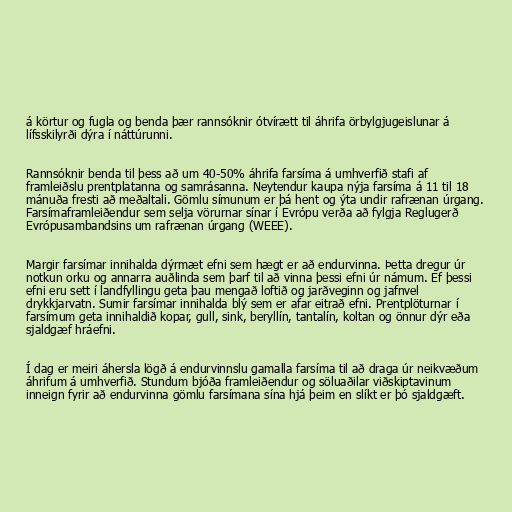
á körtur og fugla og benda þær rannsóknir ótvírætt til áhrifa örbylgjugeislunar á
lífsskilyrði dýra í náttúrunni.

Rannsóknir benda til þess að um 40-50% áhrifa farsíma á umhverfið stafi af
framleiðslu prentplatanna og samrásanna. Neytendur kaupa nýja farsíma á 11 til 18
mánuða fresti að meðaltali. Gömlu símunum er þá hent og ýta undir rafrænan úrgang.
Farsímaframleiðendur sem selja vörurnar sínar í Evrópu verða að fylgja Reglugerð
Evrópusambandsins um rafrænan úrgang (WEEE).

Margir farsímar innihalda dýrmæt efni sem hægt er að endurvinna. Þetta dregur úr
notkun orku og annarra auðlinda sem þarf til að vinna þessi efni úr námum. Ef þessi
efni eru sett í landfyllingu geta þau mengað loftið og jarðveginn og jafnvel
drykkjarvatn. Sumir farsímar innihalda blý sem er afar eitrað efni. Prentplöturnar í
farsímum geta innihaldið kopar, gull, sink, beryllín, tantalín, koltan og önnur dýr eða
sjaldgæf hráefni.

Í dag er meiri áhersla lögð á endurvinnslu gamalla farsíma til að draga úr neikvæðum
áhrifum á umhverfið. Stundum bjóða framleiðendur og söluaðilar viðskiptavinum
inneign fyrir að endurvinna gömlu farsímana sína hjá þeim en slíkt er þó sjaldgæft.